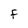
Character: F